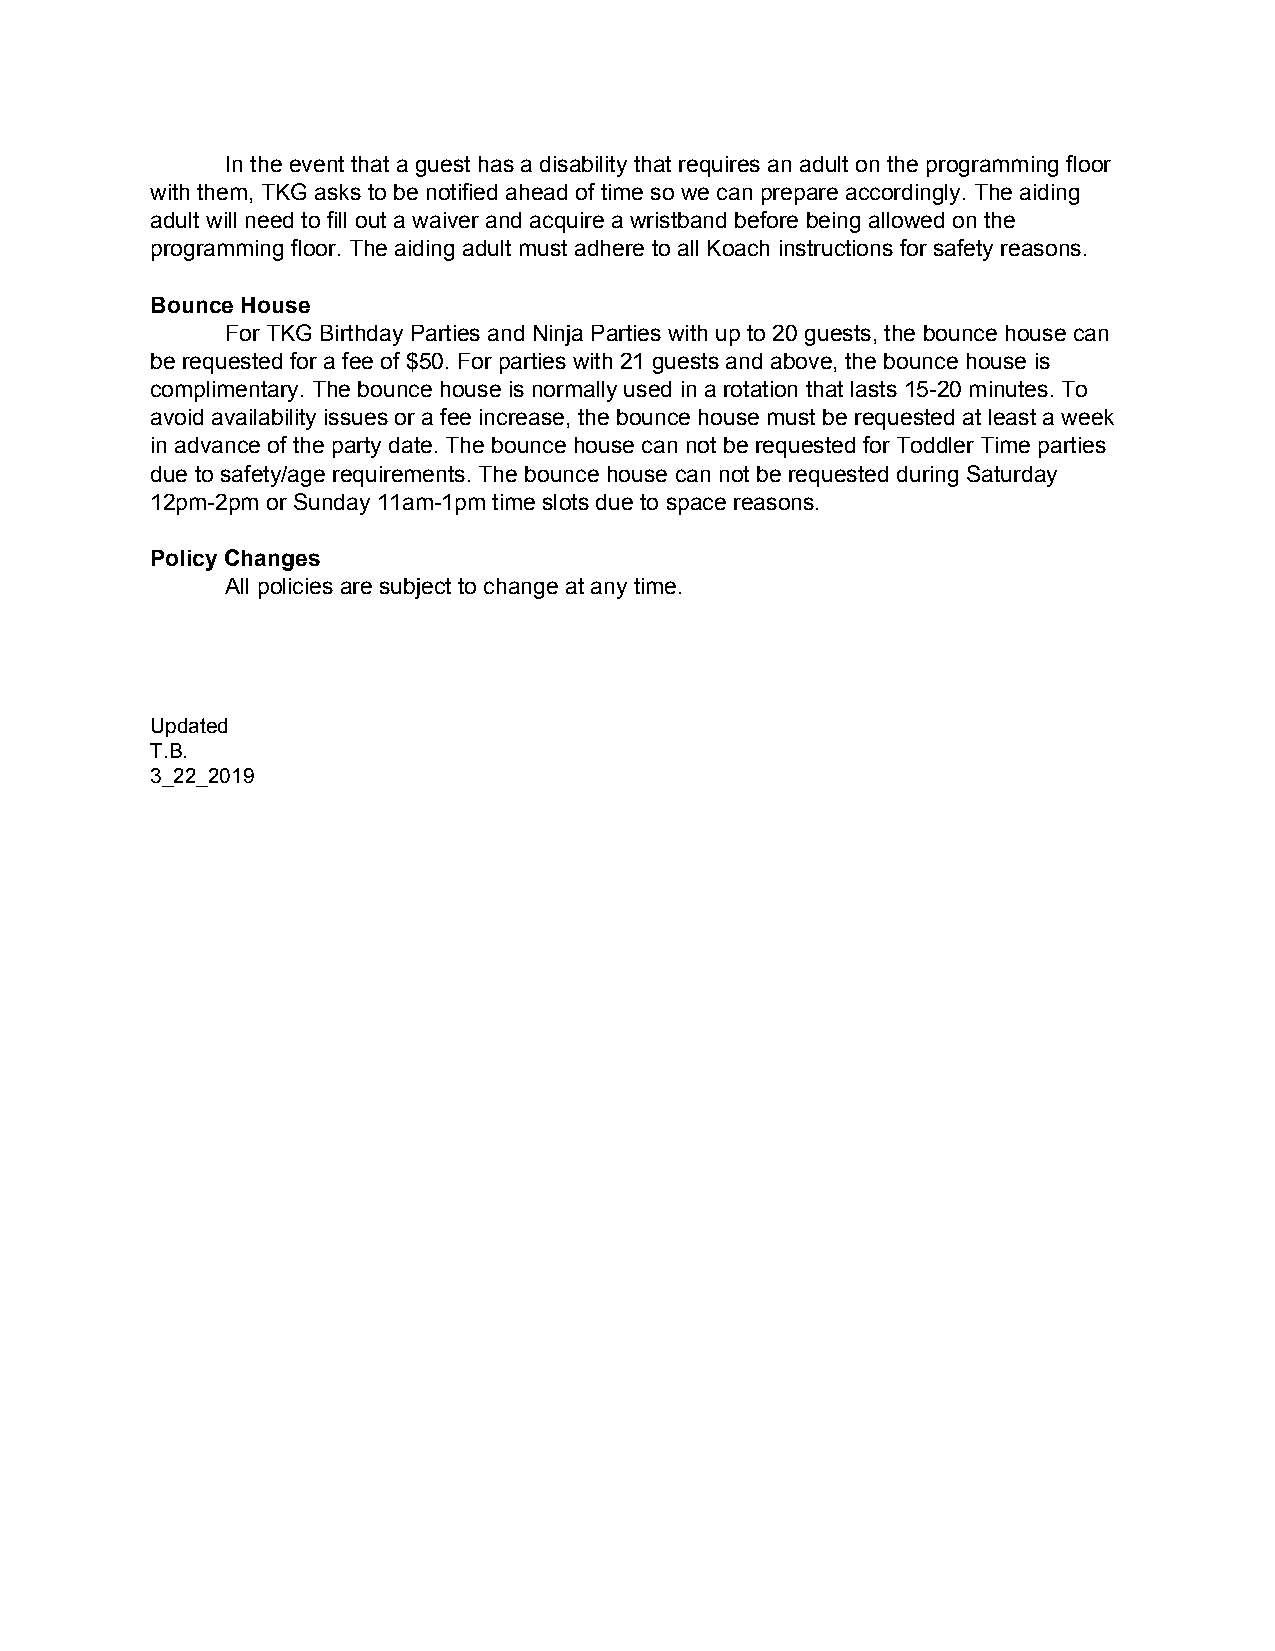
In the event that a guest has a disability that requires an adult on the programming floor
 with them, TKG asks to be notified ahead of time so we can prepare accordingly. The aiding
 adult will need to fill out a waiver and acquire a wristband before being allowed on the
 programming floor. The aiding adult must adhere to all Koach instructions for safety reasons.
 Bounce House
 For TKG Birthday Parties and Ninja Parties with up to 20 guests, the bounce house can
 be requested for a fee of $50. For parties with 21 guests and above, the bounce house is
 complimentary. The bounce house is normally used in a rotation that lasts 15-20 minutes. To
 avoid availability issues or a fee increase, the bounce house must be requested at least a week
 in advance of the party date. The bounce house can not be requested for Toddler Time parties
 due to safety/age requirements. The bounce house can not be requested during Saturday
 12pm-2pm or Sunday 11am-1pm time slots due to space reasons.
 Policy Changes
 All policies are subject to change at any time.
 Updated
 T.B.
 3_22_2019